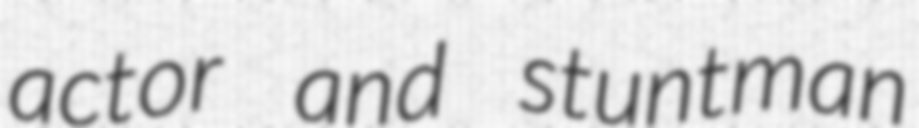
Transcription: actor and stuntman